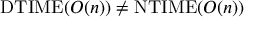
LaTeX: \mathrm { D T I M E } ( O ( n ) ) \neq \mathrm { N T I M E } ( O ( n ) )